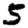
Digit: 5